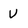
Character: v